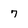
Character: 7